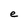
Character: e